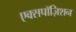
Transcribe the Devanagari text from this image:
एक्सपॉज़िशन